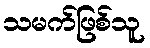
သမက်ဖြစ်သူ